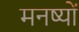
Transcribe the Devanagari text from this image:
मनष्यों